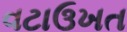
વટાઉખત